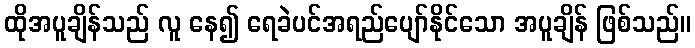
ထိုအပူချိန်သည် လူ နေ၍ ရေခဲပင်အရည်ပျော်နိုင်သော အပူချိန် ဖြစ်သည်။